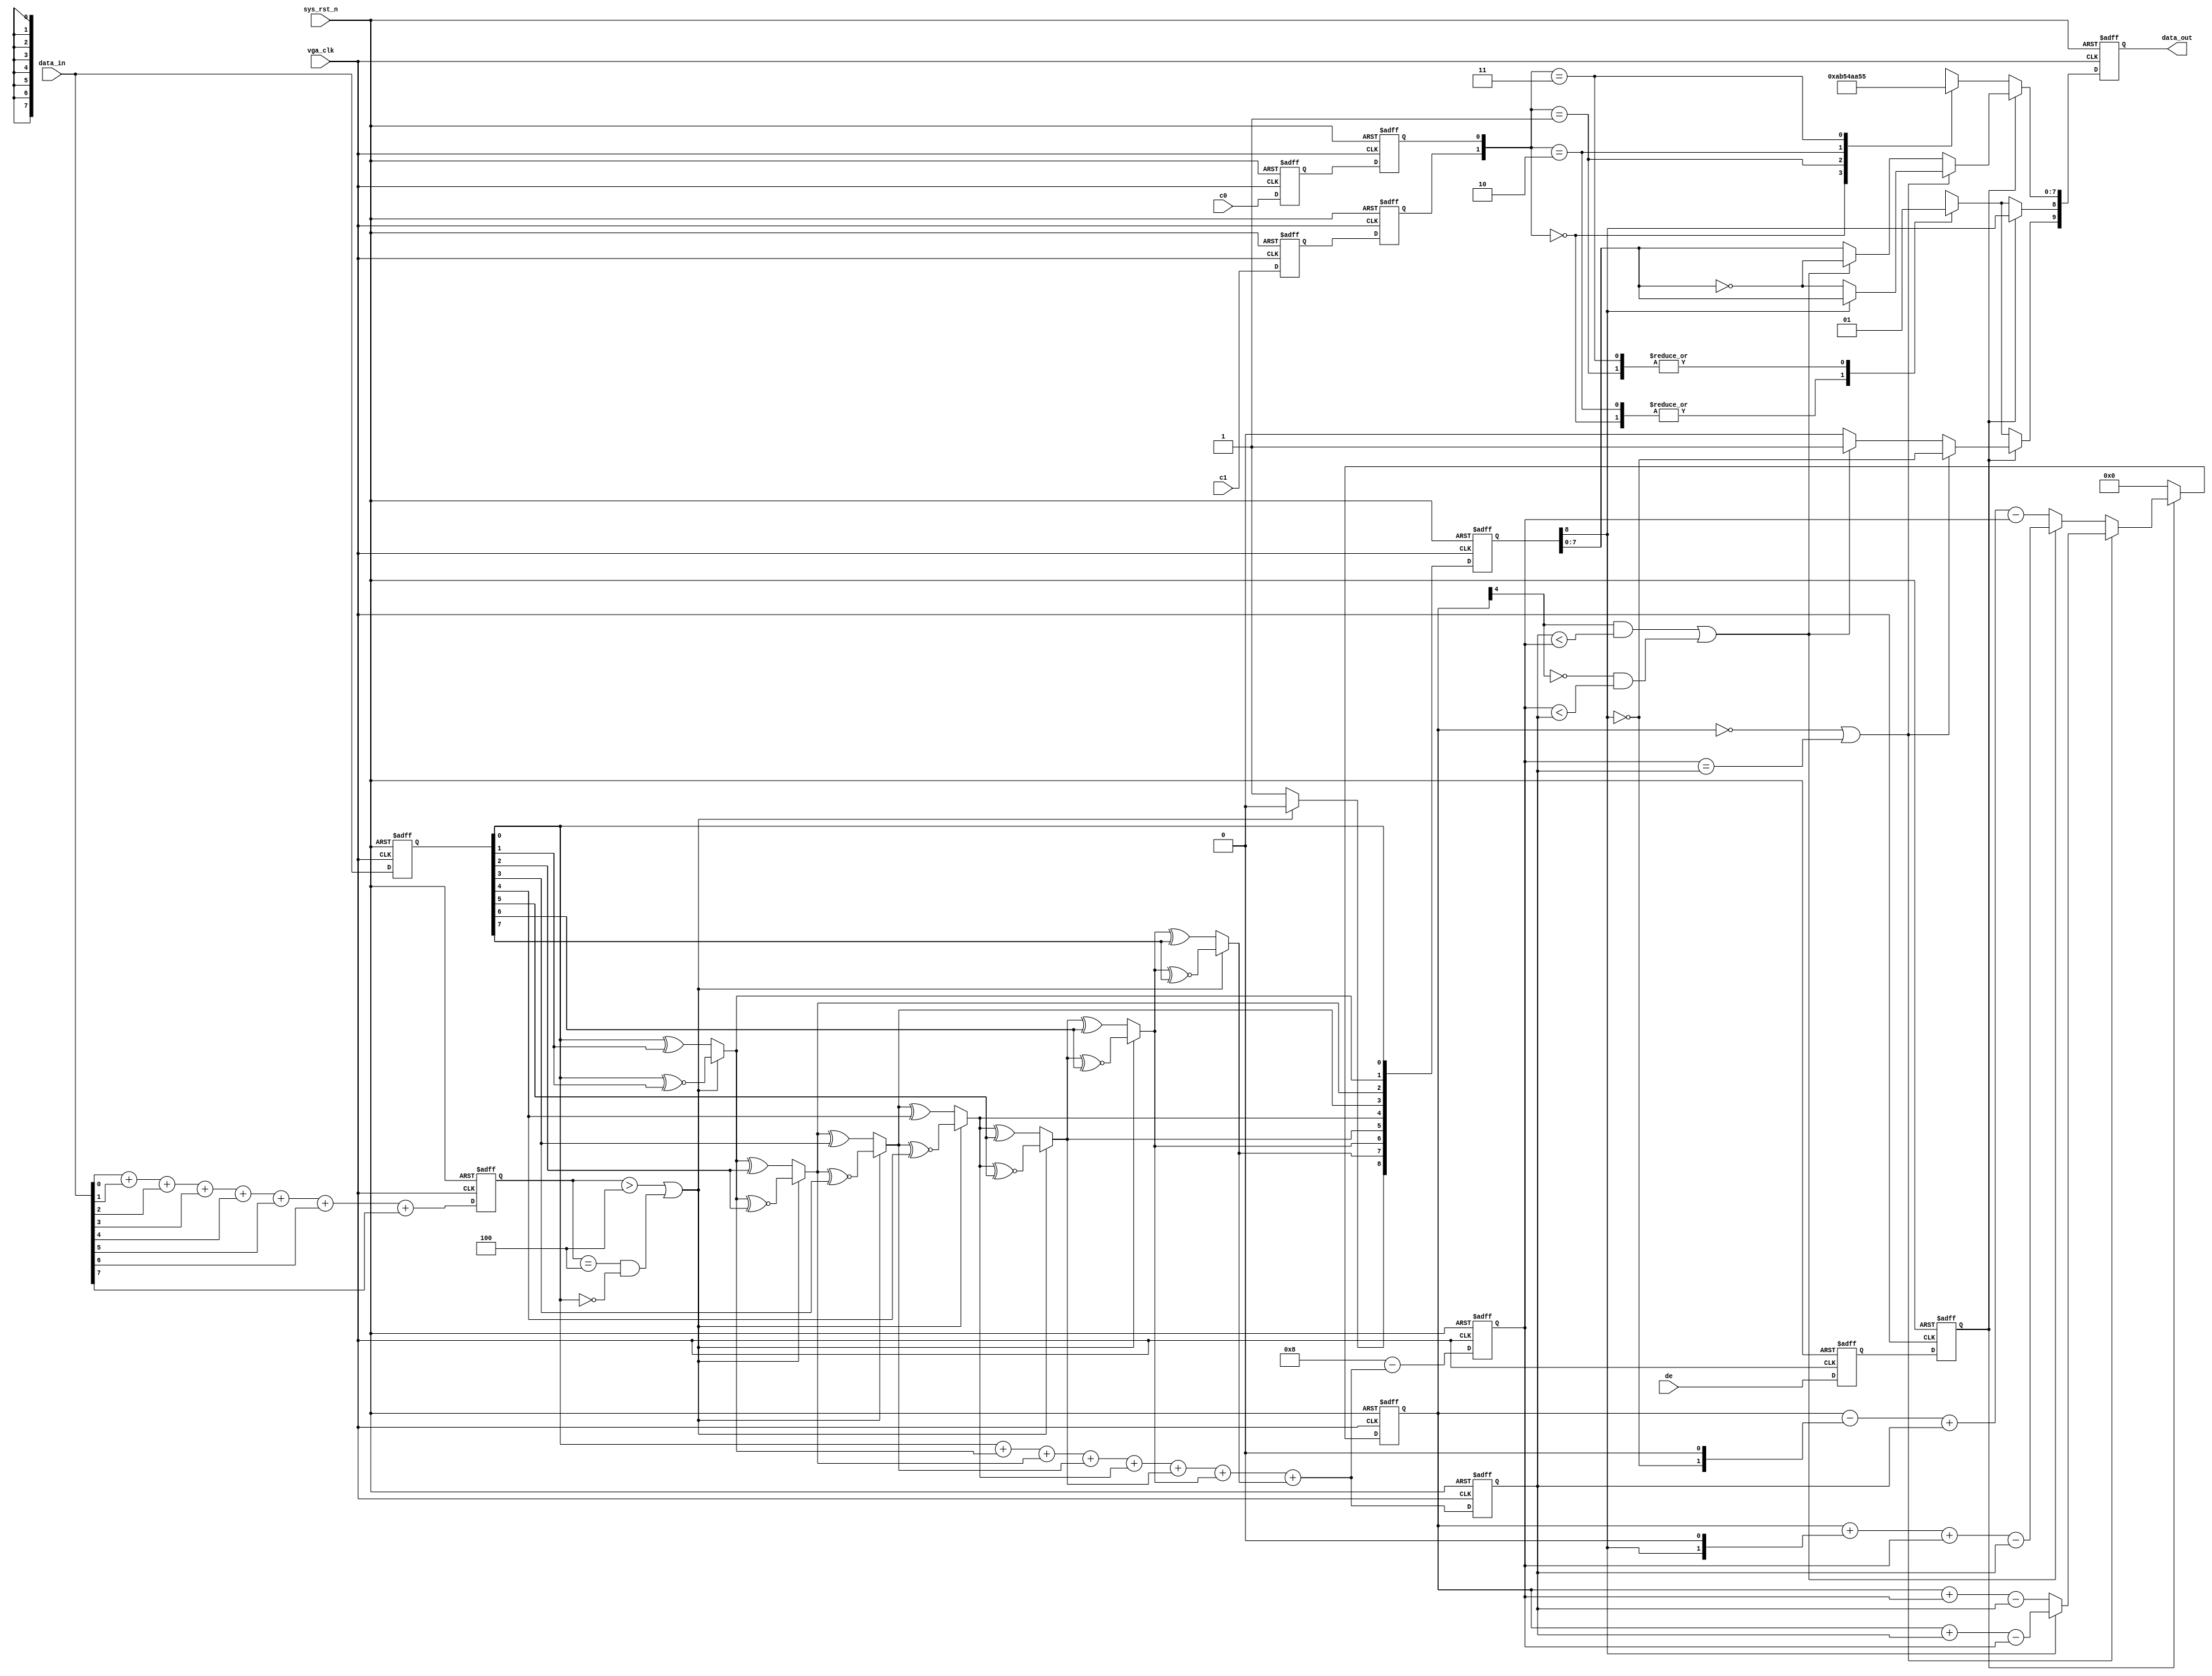
module  encode(

    input   wire            vga_clk     ,
    input   wire            sys_rst_n   ,
    input   wire            c0          ,
    input   wire            c1          ,
    input   wire            de          ,
    input   wire    [7:0]   data_in     ,
    
    output  reg     [9:0]   data_out    

);

parameter DATA_OUT0 = 10'b00101_01011,
          DATA_OUT1 = 10'b11010_10100,
          DATA_OUT2 = 10'b00101_01010,
          DATA_OUT3 = 10'b11010_10101;

reg     [7:0]   data_in_reg;
reg     [3:0]   data_in_n1;
reg     [4:0]   cnt;
wire     ctrl_1;
wire     ctrl_2;
wire     ctrl_3;

wire    [8:0]   q_m;      
reg     [8:0]   q_m_reg;    
reg     [3:0]   q_m_n0;    
reg     [3:0]   q_m_n1;  

reg     de_reg1;
reg     de_reg2;
reg     c0_reg1;
reg     c0_reg2;
reg     c1_reg1;
reg     c1_reg2;

always@(posedge vga_clk or negedge sys_rst_n)
    if(sys_rst_n == 1'b0)
        data_in_n1 <= 4'd0;
    else   
        data_in_n1 <= data_in[0] + data_in[1] + data_in[2] + data_in[3] + 
                      data_in[4] + data_in[5] + data_in[6] + data_in[7];
                      
always@(posedge vga_clk or negedge sys_rst_n)
    if(sys_rst_n == 1'b0)
        data_in_reg <= 8'd0;
    else  
        data_in_reg <= data_in;


assign ctrl_1 = ((data_in_n1 > 4'd4) || 
                ((data_in_n1 == 4'd4) && (data_in_reg[0] == 0)));
       
assign  q_m[0] = data_in_reg[0];
assign  q_m[1] = (ctrl_1)? q_m[0]^~data_in_reg[1] : q_m[0]^data_in_reg[1];
assign  q_m[2] = (ctrl_1)? q_m[1]^~data_in_reg[2] : q_m[1]^data_in_reg[2];
assign  q_m[3] = (ctrl_1)? q_m[2]^~data_in_reg[3] : q_m[2]^data_in_reg[3];
assign  q_m[4] = (ctrl_1)? q_m[3]^~data_in_reg[4] : q_m[3]^data_in_reg[4];
assign  q_m[5] = (ctrl_1)? q_m[4]^~data_in_reg[5] : q_m[4]^data_in_reg[5];
assign  q_m[6] = (ctrl_1)? q_m[5]^~data_in_reg[6] : q_m[5]^data_in_reg[6];
assign  q_m[7] = (ctrl_1)? q_m[6]^~data_in_reg[7] : q_m[6]^data_in_reg[7];
assign  q_m[8] = (ctrl_1)? 1'b0 : 1'b1;

always@(posedge vga_clk or negedge sys_rst_n)
    if(sys_rst_n == 1'b0)
        begin
            q_m_n1 <= 4'd0;
            q_m_n0 <= 4'd0;
        end     
    else 
        begin
            q_m_n1 <= q_m[0] + q_m[1] + q_m[2] + q_m[3] + 
                      q_m[4] + q_m[5] + q_m[6] + q_m[7];
             
            q_m_n0 <= 8-(q_m[0] + q_m[1] + q_m[2] + q_m[3] + 
                      q_m[4] + q_m[5] + q_m[6] + q_m[7]);
        end

assign ctrl_2 = ((cnt == 5'd0) || (q_m_n0 == q_m_n1));
assign ctrl_3 = (((cnt[4] == 1'b1) && (q_m_n1 < q_m_n0)) ||
                 ((cnt[4] == 1'b0) && (q_m_n0 < q_m_n1)));

always@(posedge vga_clk or negedge sys_rst_n)
    if(sys_rst_n == 1'b0)
        begin
            de_reg1  <= 1'b0;
            de_reg2  <= 1'b0;
            c0_reg1  <= 1'b0;
            c0_reg2  <= 1'b0;
            c1_reg1  <= 1'b0;
            c1_reg2  <= 1'b0;
            q_m_reg  <= 1'b0;        
        end
    else
        begin
            de_reg1  <= de;
            de_reg2  <= de_reg1;
            c0_reg1  <= c0;
            c0_reg2  <= c0_reg1;
            c1_reg1  <= c1;
            c1_reg2  <= c1_reg1;
            q_m_reg  <= q_m;
        end
        
always@(posedge vga_clk or negedge sys_rst_n)
    if(sys_rst_n == 1'b0)
        begin
            cnt <= 5'd0;
            data_out <= 10'd0;
        end
    else    if(de_reg2)          
            
        if(ctrl_2)
            begin
                data_out[9]   <= ~q_m_reg[8];
                data_out[8]   <= q_m_reg[8];
                data_out[7:0] <= (q_m_reg[8])? q_m_reg[7:0] : ~q_m_reg[7:0];
                cnt <= (~q_m_reg[8])? (cnt + q_m_n0 - q_m_n1):(cnt + q_m_n1 - q_m_n0);           
            end
        else    if(ctrl_3)
            begin
                data_out[9]   <= 1'b1;
                data_out[8]   <= q_m_reg[8];
                data_out[7:0] <= ~q_m_reg[7:0];
                cnt <= cnt + {q_m_reg[8],1'b0} + q_m_n0 - q_m_n1;
            end
          
        else
            begin
                data_out[9]   <= 1'b0;
                data_out[8]   <= q_m_reg[8];
                data_out[7:0] <= q_m_reg[7:0];
                cnt <= cnt - {~q_m_reg[8],1'b0} + q_m_n1 - q_m_n0;
            end
                                         
    else
        begin
            cnt <= 5'd0;
            case ({c1_reg2, c0_reg2})
                2'b00 : data_out <= DATA_OUT0;
                2'b01 : data_out <= DATA_OUT1;
                2'b10 : data_out <= DATA_OUT2;
                2'b11 : data_out <= DATA_OUT3;
                default : data_out <= DATA_OUT3;
            endcase
    
        end

       
        
endmodule